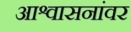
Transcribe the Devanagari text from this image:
आश्वासनांवर